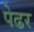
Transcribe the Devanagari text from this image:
पेढर